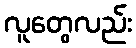
လူတွေလည်း